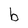
Character: b